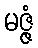
မဇ္ဇံ